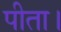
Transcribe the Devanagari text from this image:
पीता।